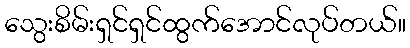
သွေးစိမ်းရှင်ရှင်ထွက်အောင်လုပ်တယ်။